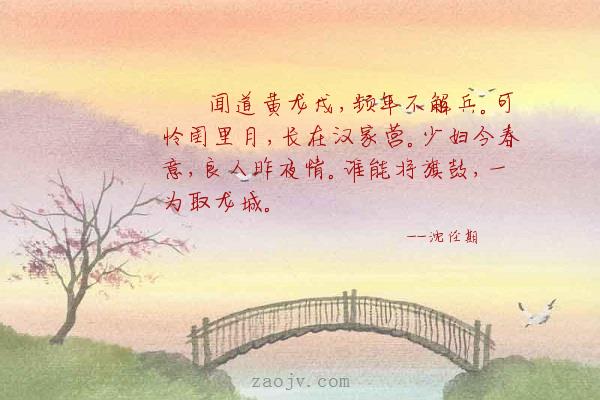
少妇今春意，良人昨夜情。